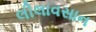
લીલાવસાન